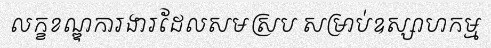
លក្ខខណ្ឌការងារដែលសមស្រប សម្រាប់ឧស្សាហកម្ម